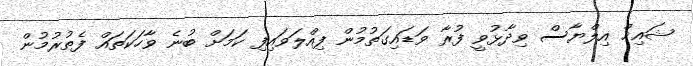
ޝައިޚް އިލްޔާސް ވިދާޅުވީ ފުރާ ވަޑައިގަތުމުން ފިއްލަވައިފި ކަމަށް ބުނެ ވާހަކަތައް ފެތުރުމުން